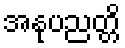
အနုပညတ္တိ